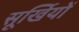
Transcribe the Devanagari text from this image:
सूर्खियों